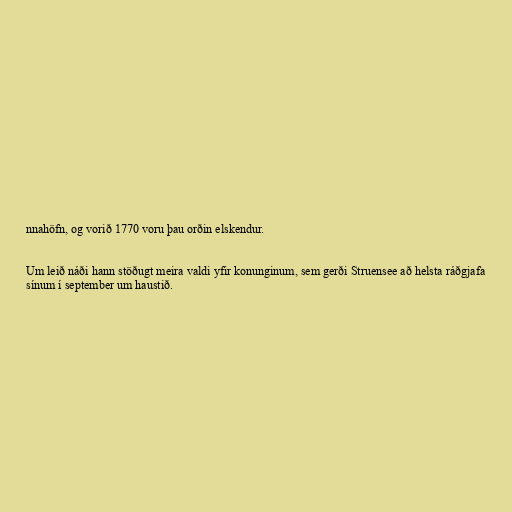
nnahöfn, og vorið 1770 voru þau orðin elskendur.

Um leið náði hann stöðugt meira valdi yfir konunginum, sem gerði Struensee að helsta ráðgjafa
sínum í september um haustið.